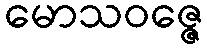
မောသဝဇ္ဇေ